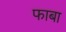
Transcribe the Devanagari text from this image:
फाबा